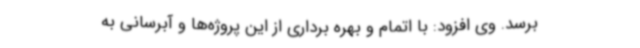
برسد. وی افزود: با اتمام و بهره برداری از این پروژه‌ها و آبرسانی به